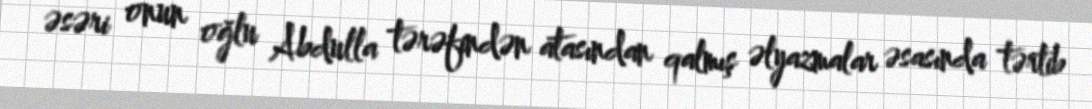
əsəri onun oğlu Abdulla tərəfindən atasından qalmış əlyazmalar əsasında tərtib